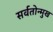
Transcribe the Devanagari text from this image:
सर्वतोन्मुख